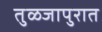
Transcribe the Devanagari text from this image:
तुळजापुरात